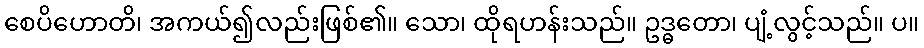
စေပိဟောတိ၊ အကယ်၍လည်းဖြစ်၏။ သော၊ ထိုရဟန်းသည်။ ဥဒ္ဓတော၊ ပျံ့လွင့်သည်။ ပ။